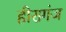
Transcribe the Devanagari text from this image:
हीरागंज